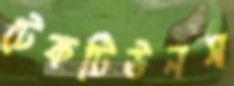
টেকটিউনস